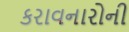
કરાવનારોની